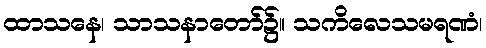
ထာသနေ၊ သာသနာတော်၌။ သကိလေသမရဏံ၊